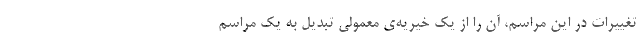
تغییرات در این مراسم، آن را از یک خیریه‌ی معمولی تبدیل به یک مراسم